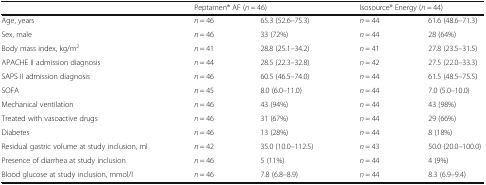
|  | <COLSPAN=2> Peptamen® AF (n = 46) | <COLSPAN=2> Isosource® Energy (n = 44) |
 | --- | --- | --- | --- | --- |
 | Age, years | n = 46 | 65.3 (52.6–75.3) | n = 44 | 61.6 (48.6–71.3) |
 | Sex, male | n = 46 | 33 (72%) | n = 44 | 28 (64%) |
 | Body mass index, kg/m2 | n = 41 | 28.8 (25.1–34.2) | n = 41 | 27.8 (23.5–31.5) |
 | APACHE II admission diagnosis | n = 44 | 28.5 (22.3–32.8) | n = 42 | 27.5 (22.0–33.3) |
 | SAPS II admission diagnosis | n = 46 | 60.5 (46.5–74.0) | n = 44 | 61.5 (48.5–75.5) |
 | SOFA | n = 45 | 8.0 (6.0–11.0) | n = 44 | 7.0 (5.0–10.0) |
 | Mechanical ventilation | n = 46 | 43 (94%) | n = 44 | 43 (98%) |
 | Treated with vasoactive drugs | n = 46 | 31 (67%) | n = 44 | 29 (66%) |
 | Diabetes | n = 46 | 13 (28%) | n = 44 | 8 (18%) |
 | Residual gastric volume at study inclusion, ml | n = 42 | 35.0 (10.0–112.5) | n = 43 | 50.0 (20.0–100.0) |
 | Presence of diarrhea at study inclusion | n = 46 | 5 (11%) | n = 44 | 4 (9%) |
 | Blood glucose at study inclusion, mmol/l | n = 46 | 7.8 (6.8–8.9) | n = 44 | 8.3 (6.9–9.4) |